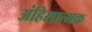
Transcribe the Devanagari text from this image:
अंहिसात्मक